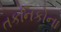
તકનિકોના